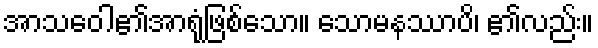
အာသဝေါ၏အာရုံဖြစ်သော။ သောမနဿာပိ၊ ၏လည်း။